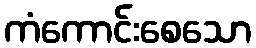
ကံကောင်းစေသော